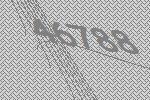
46788